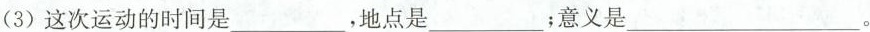
(2)这次学生运动背景是什么?(3)这次运动的时间是___，地点是___；意义是___。